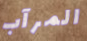
المرآب